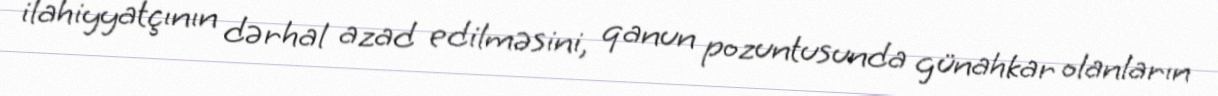
ilahiyyatçının dərhal azad edilməsini, qanun pozuntusunda günahkar olanların